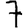
Digit: 7